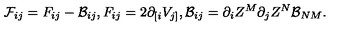
{ \cal F } _ { i j } = F _ { i j } - { \cal B } _ { i j } , F _ { i j } = 2 \partial _ { [ i } V _ { j ] } , { \cal B } _ { i j } = \partial _ { i } Z ^ { M } \partial _ { j } Z ^ { N } { \cal B } _ { N M } .